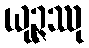
ယုဉ္ဇဿု